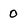
Character: 0